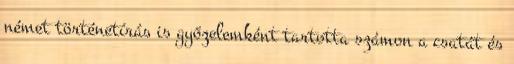
német történetírás is győzelemként tartotta számon a csatát és